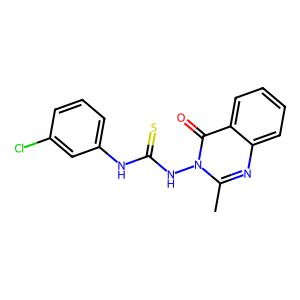
SMILES: Cc1nc2ccccc2c(=O)n1NC(=S)Nc1cccc(Cl)c1
Inhibits HIV replication: No